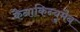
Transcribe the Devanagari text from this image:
कैनाकिन्युमैब